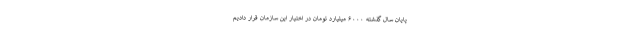
پایان سال گذشته ۶۰۰۰ میلیارد تومان در اختیار این سازمان قرار دادیم